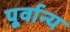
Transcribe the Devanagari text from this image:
पूर्वान्य